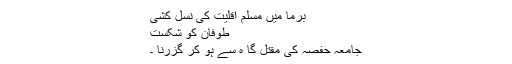
برما میں مسلم اقلیت کی نسل کشی
طوفان کو شکست
جامعہ حفصہ کی مقتل گا ہ سے ہو کر گزرنا ۔